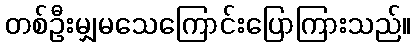
တစ်ဦးမျှမသေကြောင်းပြောကြားသည်။